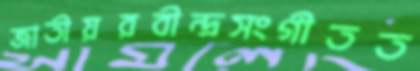
জাতীয়রবীন্দ্রসংগীতত